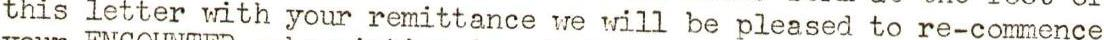
this letter with your remittance we will be pleased to re-commence